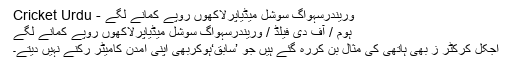
وریندرسہواگ سوشل میڈیاپرلاکھوں روپے کمانے لگے - Cricket Urdu
ہوم / آف دی فیلڈ / وریندرسہواگ سوشل میڈیاپرلاکھوں روپے کمانے لگے
آجکل کرکٹر ز بھی ہاتھی کی مثال بن کررہ گئے ہیں جو ’سابق‘ہوکربھی اپنی آمدن کامیٹر رُکنے نہیں دیتے۔